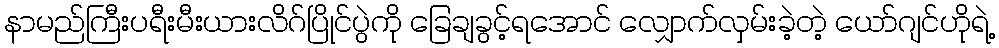
နာမည်ကြီးပရီးမီးယားလိဂ်ပြိုင်ပွဲကို ခြေချခွင့်ရအောင် လျှောက်လှမ်းခဲ့တဲ့ ယော်ဂျင်ဟိုရဲ့